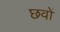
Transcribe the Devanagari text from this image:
छवों